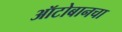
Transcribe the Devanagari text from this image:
ऑटोबानचा